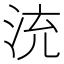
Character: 㳘